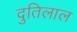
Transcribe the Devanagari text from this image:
दुतिलाल